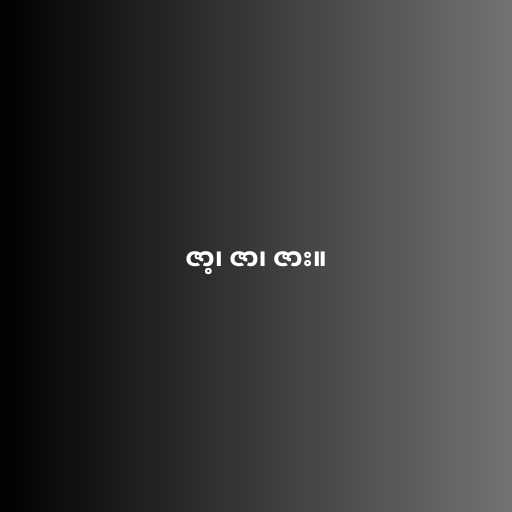
ဇာ့၊ ဇာ၊ ဇား။